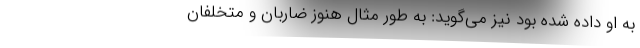
به او داده شده بود نیز می‌گوید: به طور مثال هنوز ضاربان و متخلفان